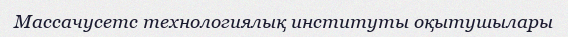
Массачусетс технологиялық институты оқытушылары